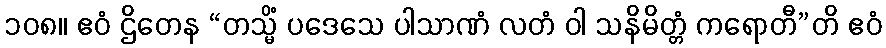
၁၀၈။ ဧဝံ ဌိတေန “တသ္မိံ ပဒေသေ ပါသာဏံ လတံ ဝါ သနိမိတ္တံ ကရောတီ”တိ ဧဝံ